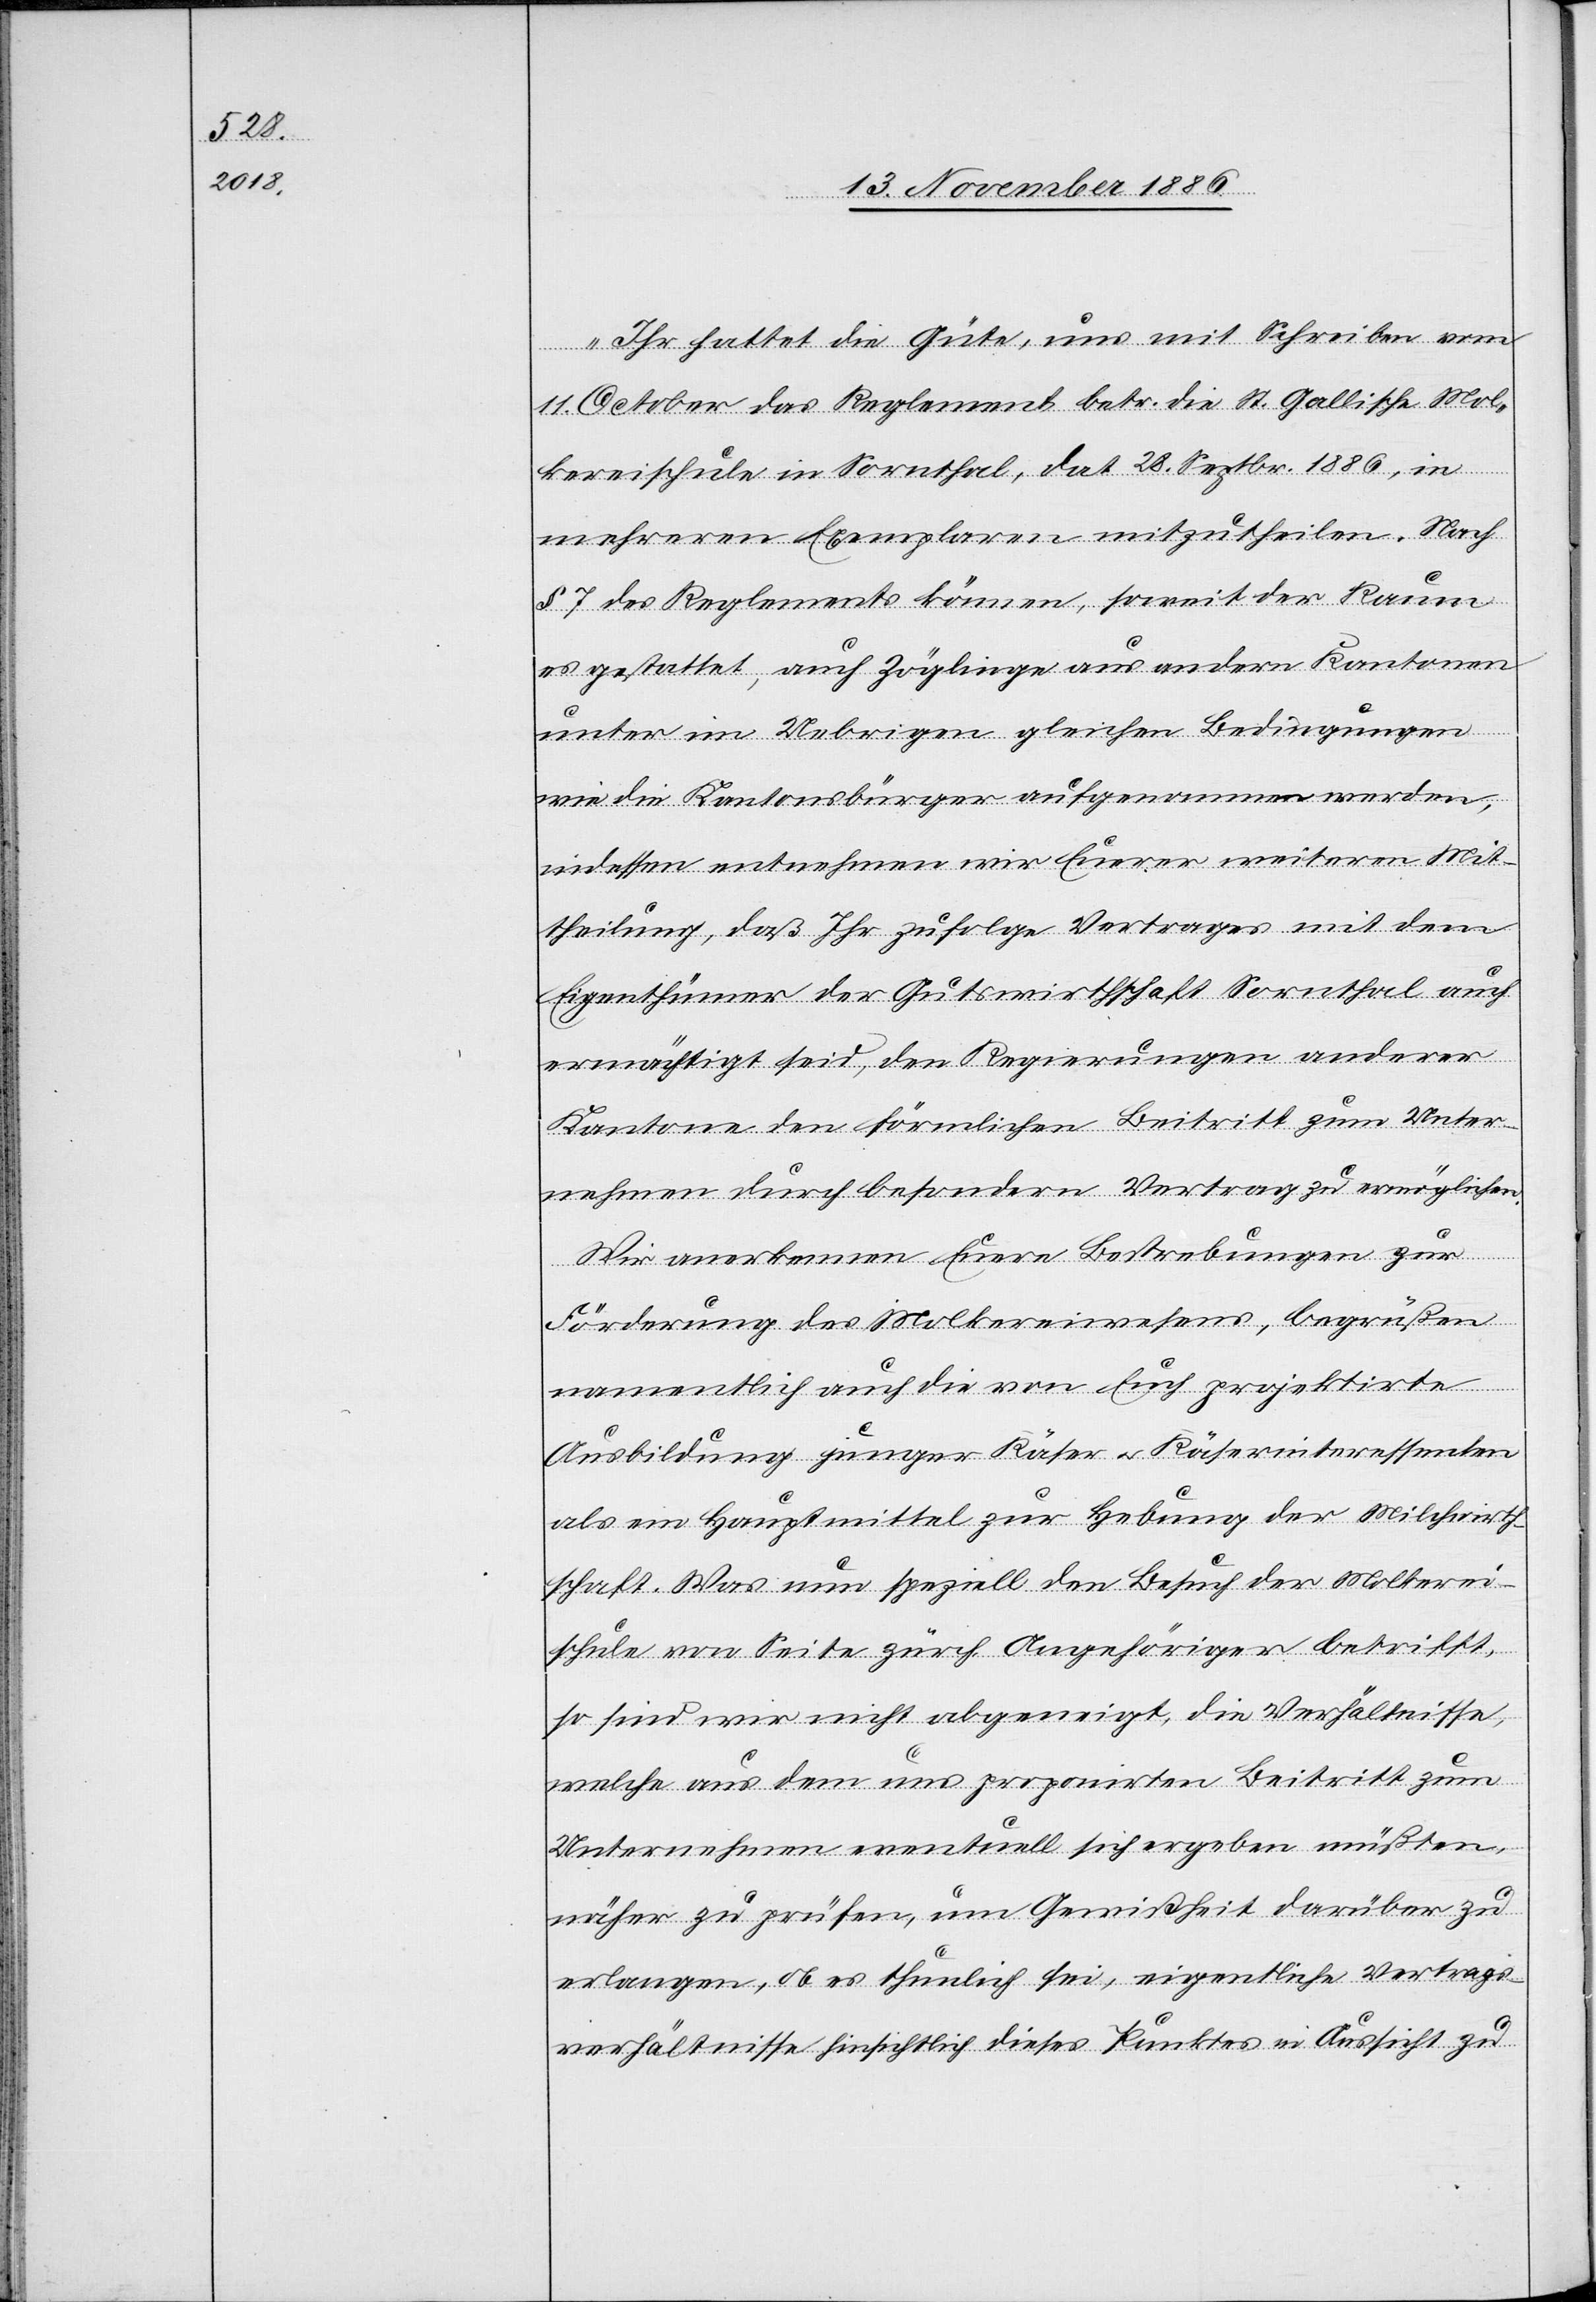
„Ihr hattet die Güte, uns mit Schreiben vom
11. October das Reglement betr. die St. Gallische Mol¬
kereischule in Sornthal, dat. 28. Septbr. 1886, in
mehreren Exemplaren mitzutheilen. Nach
§ 7 des Reglements können, soweit der Raum
es gestattet, auch Zöglinge aus andern Kantonen
unter im Uebrigen gleichen Bedingungen
wie die Kantonsbürger aufgenommen werden,
indessen entnehmen wir Eurerer weiteren Mit¬
theilung, daß Ihr zufolge Vertrages mit dem
Eigenthümer der Gutswirthschaft Sornthal auch
ermächtigt seid, den Regierungen anderer
Kantone den förmlichen Beitritt zum Unter¬
nehmen durch besondern Vertrag zu ermöglichen.
Wir anerkennen Euere Bestrebungen zur
Förderung des Molkereiwesens, begrüßen
namentlich auch die von Euch projektirte
Ausbildung junger Käser & Käserinteressenten
als ein Hauptmittel zur Hebung der Milchwirth¬
schaft. Was nun speziell den Besuch der Molkerei¬
schule von Seite zürch. Angehöriger betrifft,
so sind wir nicht abgeneigt, die Verhältnisse,
welche aus dem uns propronirten Beitritt zum
Unternehmen eventuell sich ergeben müßten,
näher zu prüfen, um Gewißheit darüber zu
erlangen, ob es thunlich sei, eigentliche Vertrags¬
verhältnisse hinsichtlich dieses Punktes in Aussicht zu